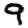
Digit: 9